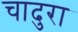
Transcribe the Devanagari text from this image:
चादुरा